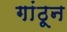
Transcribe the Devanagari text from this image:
गांठून